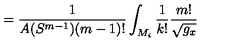
= \frac 1 { A ( S ^ { m - 1 } ) ( m - 1 ) ! } \int _ { M _ { i } } \frac 1 { k ! } \frac { m ! } { \sqrt { g _ { x } } }